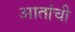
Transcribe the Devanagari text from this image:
आतांची